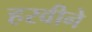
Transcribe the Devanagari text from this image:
हरवीने